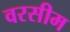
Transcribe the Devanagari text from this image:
वरसीम